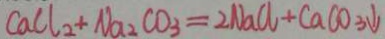
C a C l _ { 2 } + N a _ { 2 } C O _ { 3 } = 2 N a C l + C a C O _ { 3 } \downarrow